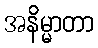
အနိမ္မာတာ